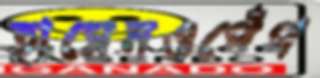
হাসেনওপেঁপ